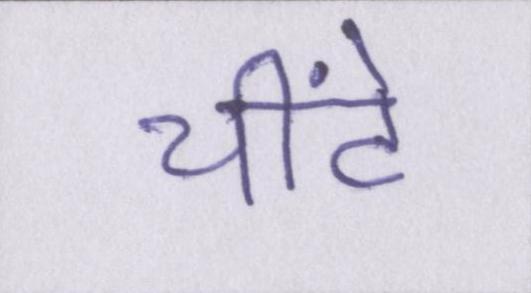
चींटे